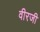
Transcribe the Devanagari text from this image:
वीरजी